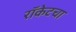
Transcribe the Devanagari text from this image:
रॉकेटचा